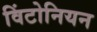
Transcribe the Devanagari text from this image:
विंटोनियन